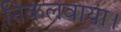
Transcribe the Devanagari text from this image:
निकलवाया।